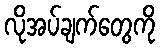
လိုအပ်ချက်တွေကို